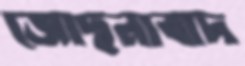
জোছনাবাদ